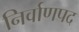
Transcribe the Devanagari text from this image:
निर्वाणपद